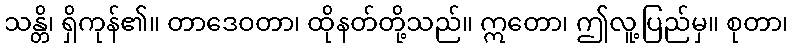
သန္တိ၊ ရှိကုန်၏။ တာဒေဝတာ၊ ထိုနတ်တို့သည်။ ဣတော၊ ဤလူ့ပြည်မှ။ စုတာ၊